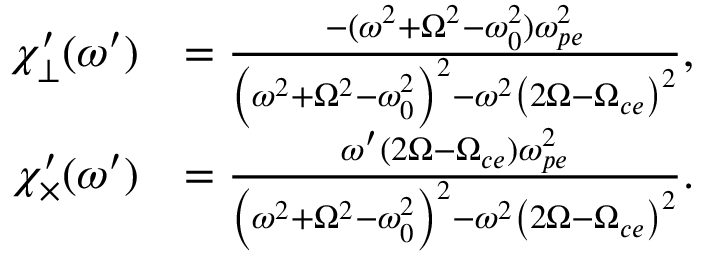
\begin{array} { r l } { { \chi _ { \perp } ^ { \prime } } ( \omega ^ { \prime } ) } & { = \frac { - ( \omega ^ { 2 } + \Omega ^ { 2 } - \omega _ { 0 } ^ { 2 } ) \omega _ { p e } ^ { 2 } } { \left( \omega ^ { 2 } + \Omega ^ { 2 } - \omega _ { 0 } ^ { 2 } \right) ^ { 2 } - \omega ^ { 2 } \left( 2 \Omega - \Omega _ { c e } \right) ^ { 2 } } , } \\ { { \chi _ { \times } ^ { \prime } } ( \omega ^ { \prime } ) } & { = \frac { \omega ^ { \prime } ( 2 \Omega - \Omega _ { c e } ) \omega _ { p e } ^ { 2 } } { \left( \omega ^ { 2 } + \Omega ^ { 2 } - \omega _ { 0 } ^ { 2 } \right) ^ { 2 } - \omega ^ { 2 } \left( 2 \Omega - \Omega _ { c e } \right) ^ { 2 } } . } \end{array}